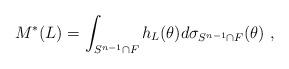
LaTeX: \begin{align*}M^*(L) = \int_{S^{n-1} \cap F} h_L(\theta) d\sigma_{S^{n-1} \cap F}(\theta) ~,\end{align*}